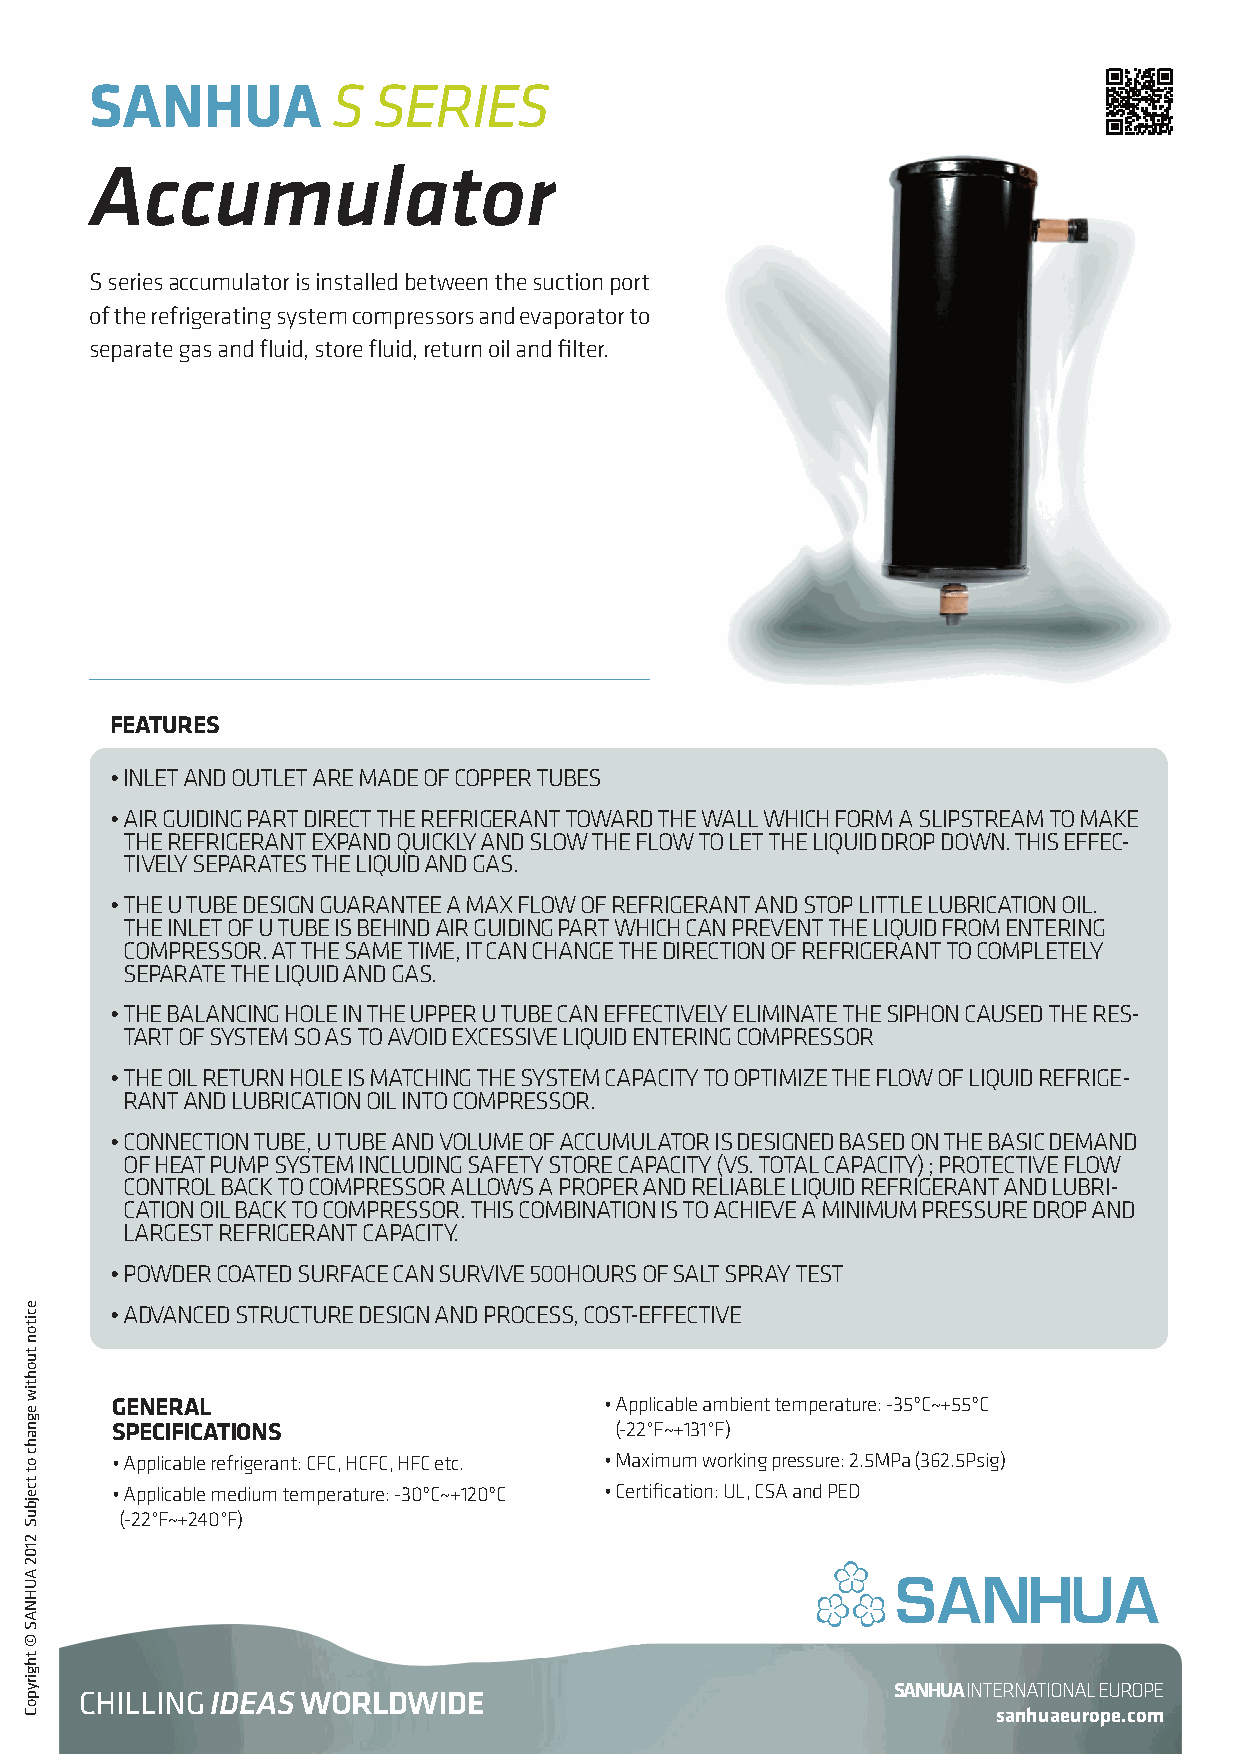
SANHUA          S  SERIES
 Accumulator
 s series accumulator is installed between the suction port
 of the refrigerating system compressors and evaporator to
 separate gas and fluid, store fluid, return oil and filter.
 FEATURES
 • I nlet and outlet are made of copper tubes
 • a Ir guIdIng part dIrect the refrIgerant toward the wall whIch form a slIpstream to make
 the refrIgerant expand quIckly and slow the flow to let the lIquId drop down. thIs effe-c
 tIvely separates the lIquId and gas.
 • t he u tube desIgn guarantee a max flow of refrIgerant and stop lIttle lubrIcatIon oIl.
 the Inlet of u tube Is behInd aIr guIdIng part whIch can prevent the lIquId from enterIng
 compressor. at the same tIme, It can change the dIrectIon of refrIgerant to completely
 separate the lIquId and gas.
 • t he balancIng hole In the upper u tube can effectIvely elImInate the sIphon caused the res-
 tart of system so as to avoId excessIve lIquId enterIng compressor
 • t he oIl return hole Is matchIng the system capacIty to optImIze the flow of lIquId refrIge-
 rant and lubrIcatIon oIl Into compressor.
 • c onnectIon tube, u tube and volume of accumulator Is desIgned based on the basIc demand
 of heat pump system IncludIng safety store capacIty (vs. total capacIty) ; protectIve flow
 control back to compressor allows a proper and relIable lIquId refrIgerant and lubrI-
 catIon oIl back to compressor. thIs combInatIon Is to achIeve a mInImum pressure drop and
 largest refrIgerant capacIty.
 • p owder coated surface can survIve 500hours of salt spray test
 • a dvanced structure desIgn and process, cost-effectIve
 GENERAl                          • applicable ambient temperature: -35ºc~+55ºc
 SpEciFicATioNS                    (-22°f~+131°f)
 • applicable refrigerant: cfc, hcfc, hfc etc. • maximum working pressure: 2.5mpa (362.5psig)
 • applicable medium temperature: -30ºc~+120ºc • certification: ul, csa and ped
 (-22°f~+240°f)
 SANHUA INTERNATIONAL EUROPE
 CHILLING IDEAS WORLDWIDE
 sanhuaeurope.com
 eciton
 tuohtiw
 egnahc
 ot
 tcejbuS
 2102
 AUHNAS
 ©
 thgirypoC